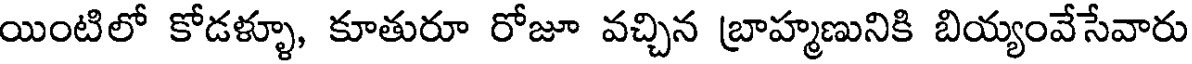
యింటిలో కోడళ్ళూ, కూతురూ రోజూ వచ్చిన బ్రాహ్మణునికి బియ్యంవేసేవారు